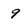
Character: 9